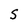
Character: S